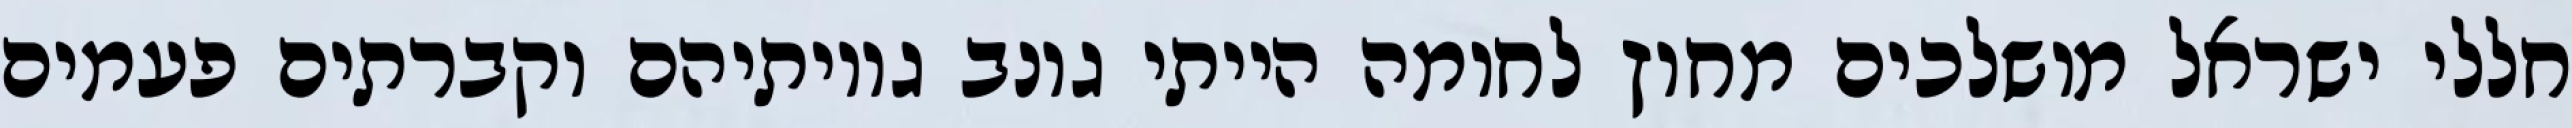
חללי ישראל מושלכים מחוץ לחומה הייתי גונב גויותיהם וקברתים פעמים